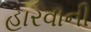
હારવાની